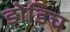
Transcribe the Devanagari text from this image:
डोडिच